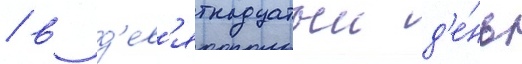
/ в д'ев'ятнадцатыи д'е́нь